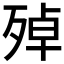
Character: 𱥏